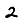
Digit: 2